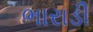
ભારાડી